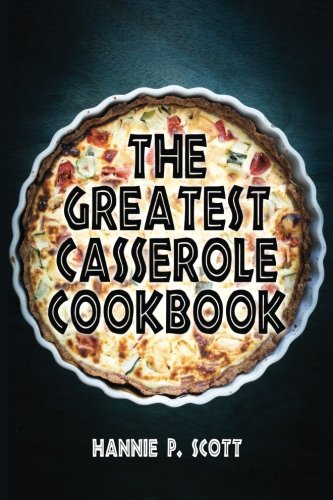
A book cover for The Greatest Casserole Cookbook: Easy Casserole Recipes and Casserole Dishes; Hannie P. Scott; Cookbooks, Food & Wine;